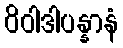
ဝိဝါဒါပန္နာနံ